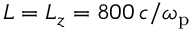
L = L _ { z } = 8 0 0 \, c / \omega _ { \mathrm { p } }